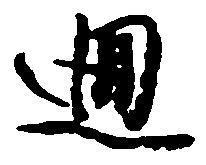
廻